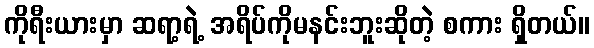
ကိုရီးယားမှာ ဆရာ့ရဲ့ အရိပ်ကိုမနင်းဘူးဆိုတဲ့ စကား ရှိတယ်။